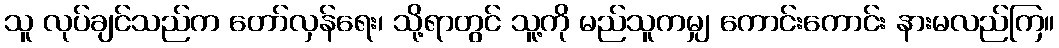
သူ လုပ်ချင်သည်က တော်လှန်ရေး၊ သို့ရာတွင် သူ့ကို မည်သူကမျှ ကောင်းကောင်း နားမလည်ကြ။